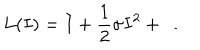
L ( I ) = I + \frac 1 2 \sigma I ^ { 2 } + \dots